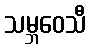
သမ္ဘဝေသီ